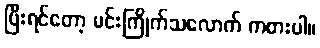
ပြီးရင်တော့ မင်းကြိုက်သလောက် ကစားပါ။